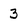
Character: 3